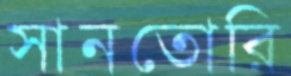
সানতোরি